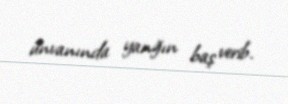
ünvanında yanğın baş verib.